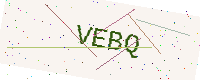
Text: VEBQ